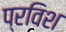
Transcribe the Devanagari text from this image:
प्रविश